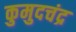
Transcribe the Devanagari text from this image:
कुमुदचंद्र